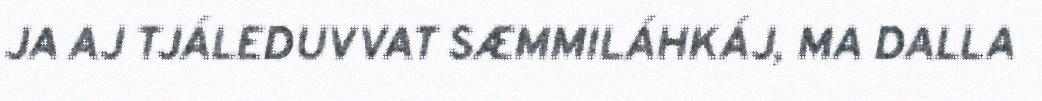
JA AJ TJÁLEDUVVAT SÆMMILÁHKÁJ, MA DALLA